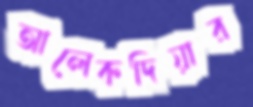
আলেকদিয়ার